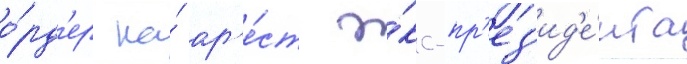
о́рд'ер на́ ар'е́ст э́кс-пр'ез'ид'е́нта